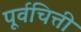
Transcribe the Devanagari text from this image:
पूर्वचित्ती